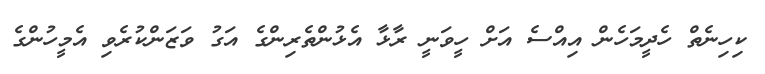
ކިހިނެތް ހެދީމަހެން އިއްސެ އަށް ހީވަނީ ރާޅާ އެޅުންތެރިންގެ އަގު ވަޒަންކުރެވި އެމީހުންގެ